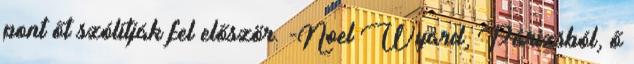
pont őt szólítják fel először. -Noel Wyard, Párizsból, ő